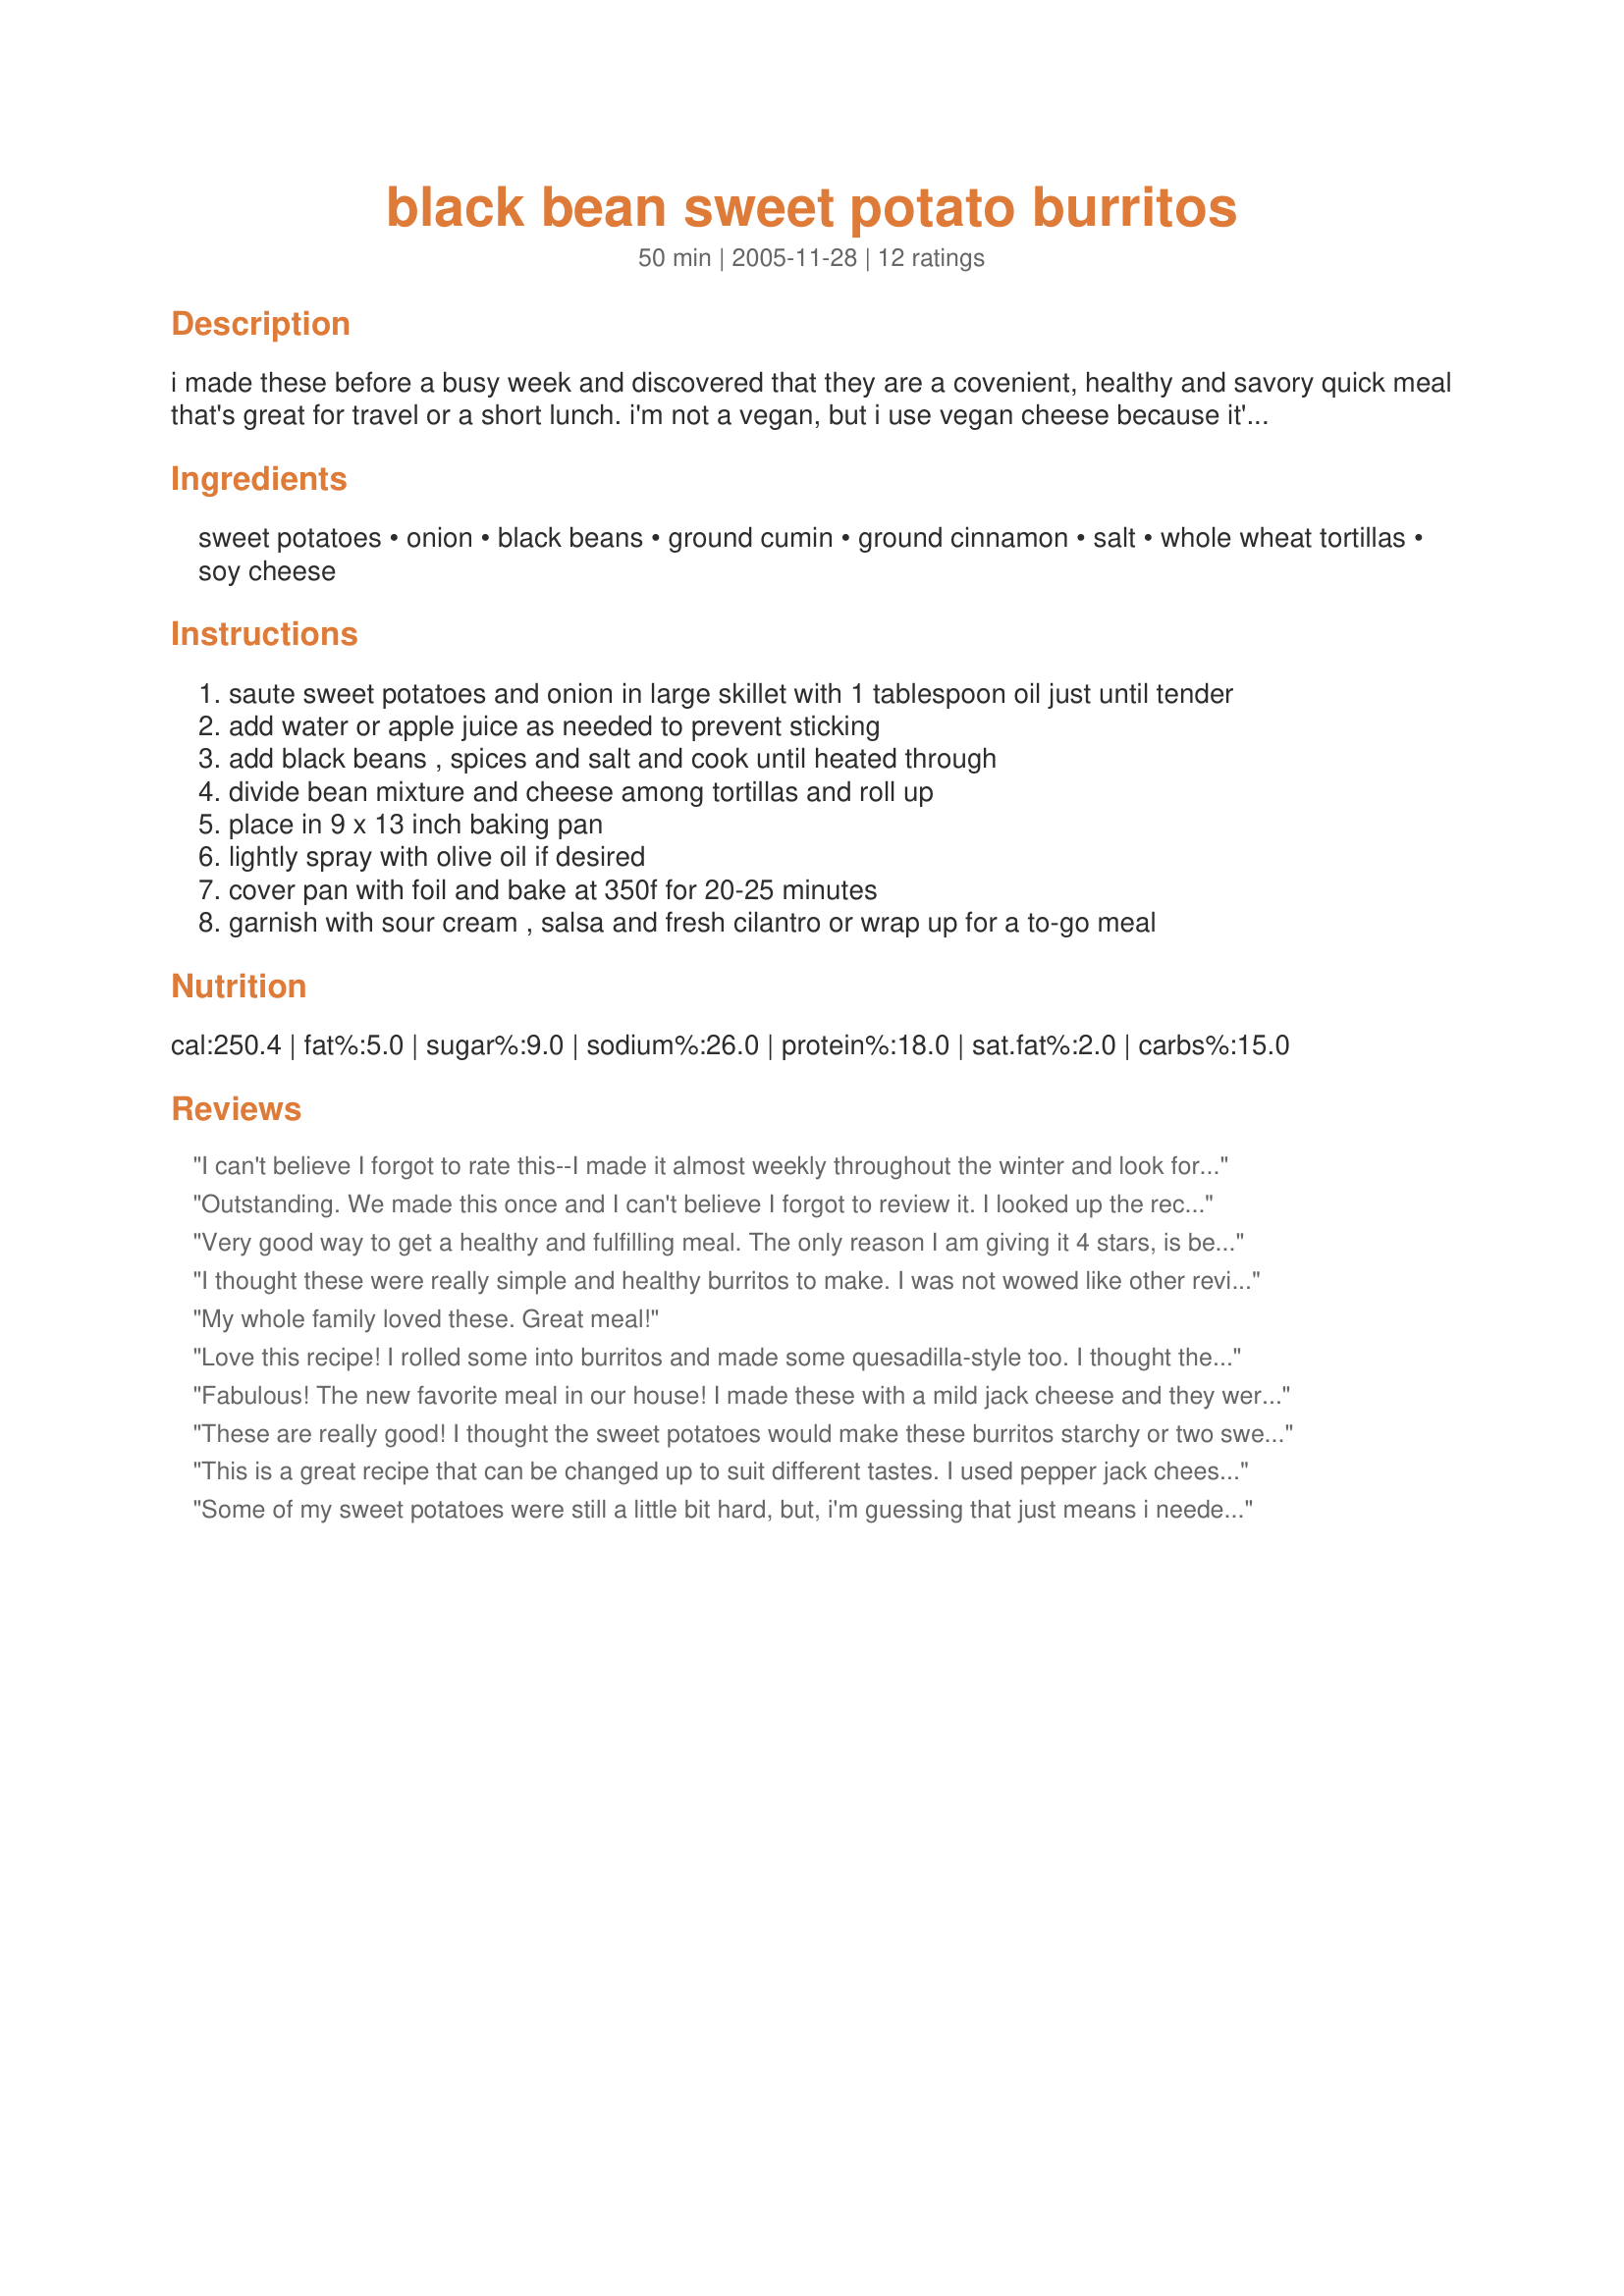
black bean sweet potato burritos
Preparation time: 50 minutes

i made these before a busy week and discovered that they are a covenient, healthy and savory quick meal that's great for travel or a short lunch. i'm not a vegan, but i use vegan cheese because it's much quicker to grate, tastes good and melts instantly. baking the burritos allows the tortillas to create a crispy seal around the contents so nothing falls out.

Ingredients:
sweet potatoes, onion, black beans, ground cumin, ground cinnamon, salt, whole wheat tortillas, soy cheese

Steps:
saute sweet potatoes and onion in large skillet with 1 tablespoon oil just until tender
add water or apple juice as needed to prevent sticking
add black beans , spices and salt and cook until heated through
divide bean mixture and cheese among tortillas and roll up
place in 9 x 13 inch baking pan
lightly spray with olive oil if desired
cover pan with foil and bake at 350f for 20-25 minutes
garnish with sour cream , salsa and fresh cilantro or wrap up for a to-go meal

Reviews:
I can't believe I forgot to rate this--I made it almost weekly throughout the winter and look forward to making it again more regularly now that the weather is getting cooler. The only change that I made is to bake the sweet potatoes ahead of time and then add them to the sauteed, carmelized onions and spices. After that is mixed well together, I add the beans and cook until all of the flavors mingle and the filling mixture is soft and mashed together. I accidently doubled the spices and onion and still loved it! I always serve it between tortillas folded in half after they are lightly browned on both sides in olive oil in a cast oil pan. I serve them with pepper-jack soy cheese inside and salsa on top. Thanks for this fabulous recipe!!
Outstanding. We made this once and I can't believe I forgot to review it. I looked up the recipe tonight because we'll be making a double recipe to freeze for lunches. We Go ahead and bake them with a little brush of butter on the top and then freeze them individually wrapped in parchment paper. They hold extraordinarily well. I used regular cheese and reduced the amount of cinnamon a touch. Thank you Valeria!!
Very good way to get a healthy and fulfilling meal. The only reason I am giving it 4 stars, is because I don't like sweet potatoes and black beans. LoL! However, I like trying new things and this recipe made me enjoy to healthy products that I wouldn't normally eat.
I thought these were really simple and healthy burritos to make. I was not wowed like other reviewers though. The only sub I made was to use real cheese instead of soy cheese. I used burrito size tortillas and made 4 larger ones. If I had made 8, I think they would have been too small. BF thought they were weird, I enjoyed them though. It might be something I make again.
My whole family loved these. Great meal!
Love this recipe! I rolled some into burritos and made some quesadilla-style too. I thought the cinnamon might be to sweet but was good, though next time I will use more cumin. I will surely make this again, thanks!
Fabulous! The new favorite meal in our house!

I made these with a mild jack cheese and they were delicious. The cumin and cinnamon are subtle but really make this dish excellent.
These are really good! I thought the sweet potatoes would make these burritos starchy or two sweet, but they make a substantial (and quite nutritious) meal. I really enjoyed having them as cold leftovers the next day; they make a refreshing alternative to a lunchmeat sandwich!
This is a great recipe that can be changed up to suit different tastes. I used pepper jack cheese instead of soy and also added a bit of cooked brown rice to each burrito. We've been eating much less meat lately and this is such a great, healthy burrito that's much different than I normally make. We thought the cinnamon was more prominent than we liked, so I'll cut back to 1/4 tsp. next time.
Some of my sweet potatoes were still a little bit hard, but, i'm guessing that just means i needed to cook them even longer, though there were some that were mushy also - not too sure. I made some without cheese for the picky boyfriend, but, used a mexican blend for mine...next time maybe mozzarella instead. Really simple and yummy
I made a couple changes. Cheddar cheese for the soy and halved the recipe but otherwise as written. I felt it needed something to spice it up. It is very filling and healthy though and worth playing with. I'll try it again and doctor the spices up a bit.
I tweaked these because I like a moister, more together filling for burritos. I microwaved my sweet potatoes and then diced them--about 3/4 to 1" dice. I sauted my onion and some garlic in olive oil and then added the beans (undrained) and the sweet potatoes and a 4 oz can of tomato sauce. In addition to the cumin and cinnamon, I added about 1/2 tsp of chili powder. I wrapped it in a whole wheat tortilla and grated on a bit of regular cheddar cheese (though I think monterey jack or pepper jack would both be great) and served it with some picante sauce on the side. I think brown rice/spanish rice as a side or in the burrito itself would be smashing. Definite do over and went together fast with microwaving the sweet potatoes.
